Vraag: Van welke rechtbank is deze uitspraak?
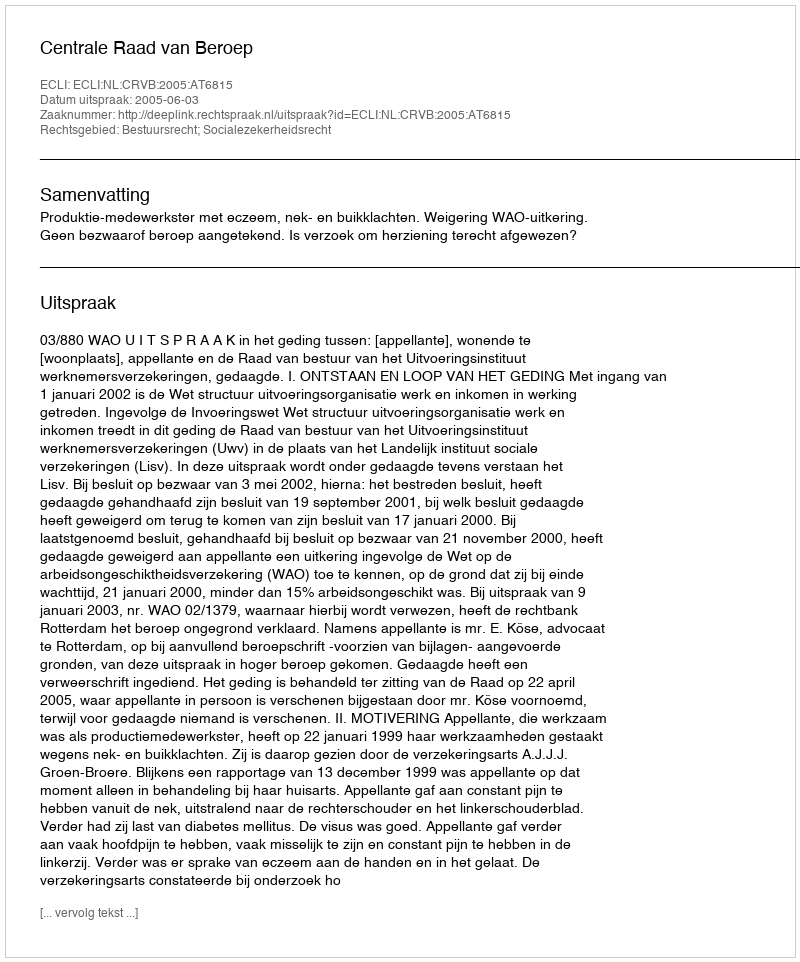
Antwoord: Centrale Raad van Beroep